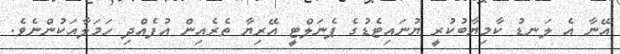
އޭނާ އެ ލަނޑު ކާމިޔާބުކުރީ ޔުނައިޓެޑުގެ ޕެނަލްޓީ އޭރިޔާ ތެރެއިން އުފެއްދި ހަމަލާއަކުންނެވެ.